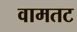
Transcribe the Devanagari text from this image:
वामतट